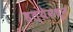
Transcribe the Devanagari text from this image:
हत्येमधून